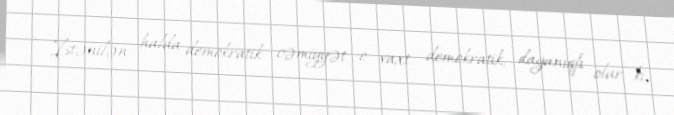
- İstənilən halda demokratik cəmiyyət o vaxt demokratik, dayanıqlı olur ki,